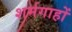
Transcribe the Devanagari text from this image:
शर्मगाहों